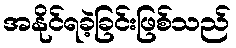
အနိုင်ရခဲ့ခြင်းဖြစ်သည်